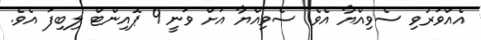
އެއްވަރުވި ސެވިއްޔާ އެވެ. ސެވިއްޔާ އަށް ވަނީ 9 ޕޮއިންޓް ލިބިފަ އެވެ.